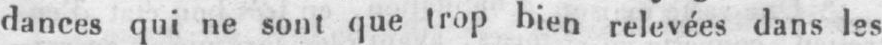
dances qui ne sont que trop bien relevées dans les